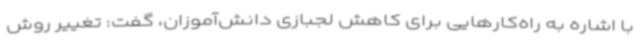
با اشاره به راه‌کارهایی برای کاهش لجبازی دانش‌آموزان، گفت: تغییر روش